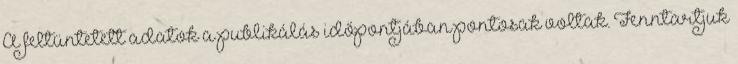
A feltüntetett adatok a publikálás időpontjában pontosak voltak. Fenntartjuk